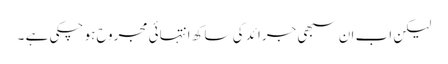
لیکن اب ان سبھی جرائد کی ساکھ انتہائی مجروح ہو چکی ہے ۔